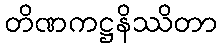
တိဏကဋ္ဌနိဿိတာ